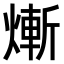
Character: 𤍖